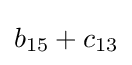
b_{15}+c_{13}